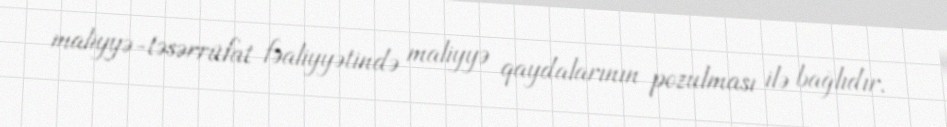
maliyyə-təsərrüfat fəaliyyətində maliyyə qaydalarının pozulması ilə bağlıdır.